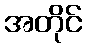
အတိုင်